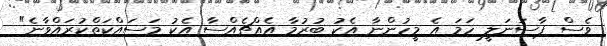
ވެސް ޕާސަނަލީ ހަމަ އެ މީހުންނާ އެކު ބުރުމާ އެއްޗެއްސާ އެކު މަސައްކަތްކުރައްވާނެ"